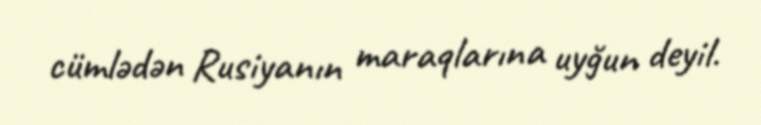
cümlədən Rusiyanın maraqlarına uyğun deyil.